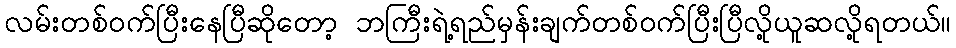
လမ်းတစ်ဝက်ပြီးနေပြီဆိုတော့ ဘကြီးရဲ့ရည်မှန်းချက်တစ်ဝက်ပြီးပြီလို့ယူဆလို့ရတယ်။